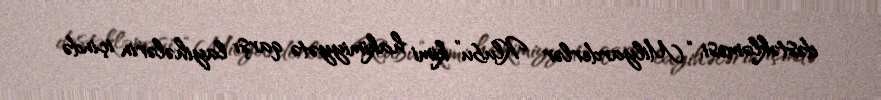
dəstəkləməsi, “Milyarderlər Klubu” kimi hakimiyyətə qarşı layihələrin içində